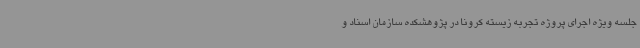
جلسه ویژه اجرای پروژه تجربه زیسته کرونا در پژوهشکده سازمان اسناد و